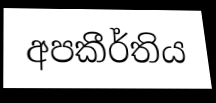
අපකීර්තිය